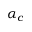
\alpha _ { c }